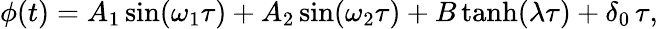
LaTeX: \phi(t)=A_{1}\sin(\omega_{1}\tau)+A_{2}\sin(\omega_{2}\tau)+B\operatorname{tanh}(\lambda\tau)+\delta_{0}\, \tau,